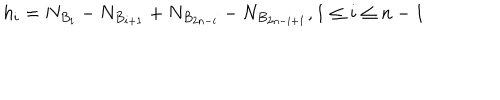
LaTeX: h _ { i } = N _ { B _ { i } } - N _ { B _ { i + 1 } } + N _ { B _ { 2 n - i } } - N _ { B _ { 2 n - i + 1 } } , 1 \leq i \leq n - 1